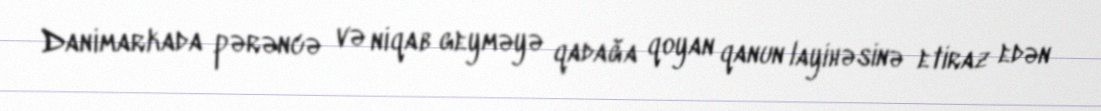
Danimarkada pərəncə və niqab geyməyə qadağa qoyan qanun layihəsinə etiraz edən